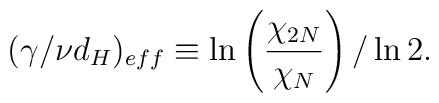
(\gamma/\nu d_H)_{eff} \equiv\ln\left({\frac{\chi_{2N}}{\chi_{N}}}\right)/\ln 2.